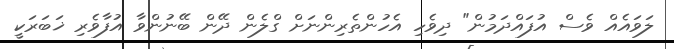
ލަވައެއް ވެސް އުފައްދަމުން" ދިވެހި އެހުންތެރިންނަށް ގްލެން ދޭން ބޭނުންވާ އުފާވެރި ޚަބަރަކީ